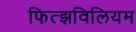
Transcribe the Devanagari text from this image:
फित्झविलियम